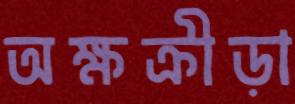
অক্ষক্রীড়া